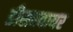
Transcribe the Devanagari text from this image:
डीसरवायर